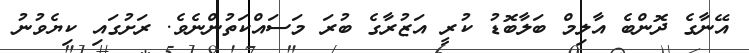
އޭނާގެ ދޮންބެ އާލިމް ބަލާބޮޑު ކުރީ އަޒުރާގެ ބުރަ މަސައްކަތުންނެވެ. ރަށުގައި ކިޔެވުނު